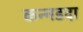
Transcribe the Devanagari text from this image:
कन्नडदा